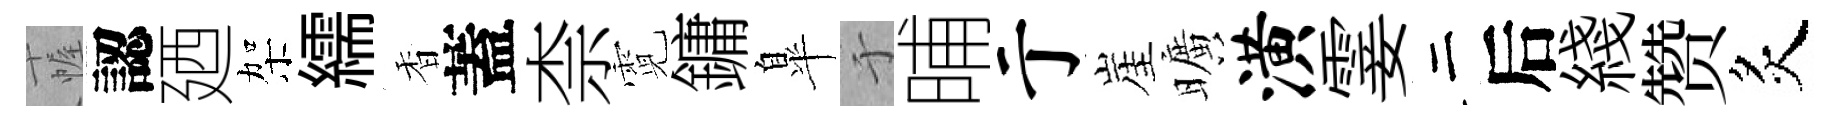
幄認廼架繻香蓋柰霓鏞臯于晡亍崖曠潢霎二后綫赞炙